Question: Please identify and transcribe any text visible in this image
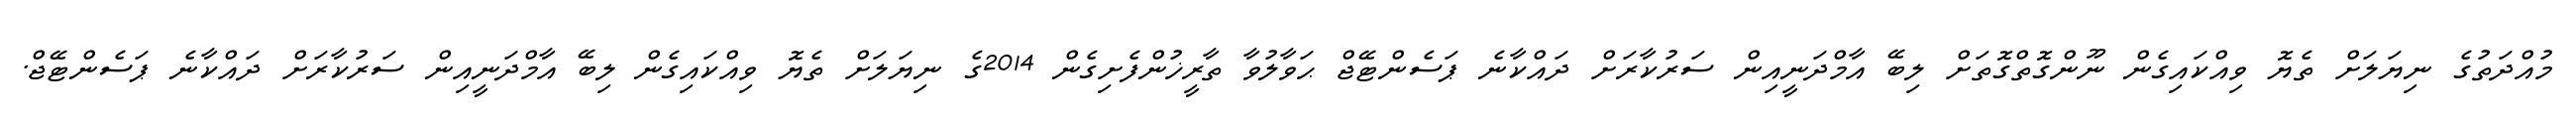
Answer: މުއްދަތުގެ ނިޔަލަށް ތެޔޮ ވިއްކައިގެން ނޫންގޮތްގޮތަށް ލިބޭ އާމްދަނީއިން ސަރުކާރަށް ދައްކާނެ ޕަސެންޓޭޖް ޙަވާލުވާ ތާރީޚުންފެށިގެން 2014ގެ ނިޔަލަށް ތެޔޮ ވިއްކައިގެން ލިބޭ އާމްދަނީއިން ސަރުކާރަށް ދައްކާނެ ޕަސެންޓޭޖް.